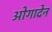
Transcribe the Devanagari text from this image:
ओगादेन